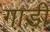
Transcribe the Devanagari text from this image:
गा़ड़ी